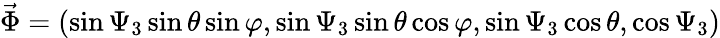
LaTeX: {\vec{\Phi}}=(\sin\Psi_{3}\sin\theta\sin\varphi,\sin\Psi_{3}\sin\theta\cos\varphi,\sin\Psi_{3}\cos\theta,\cos\Psi_{3})